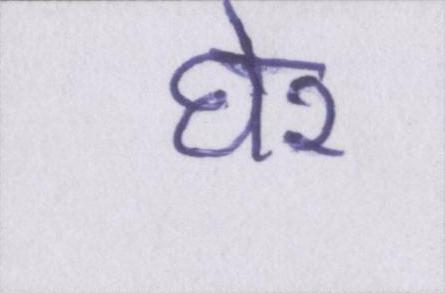
घेर